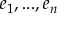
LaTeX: e _ { 1 } , . . . , e _ { n }